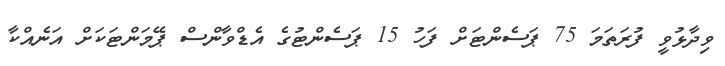
ވިދާޅުވީ ފުރަތަމަ 75 ޕަސެންޓަށް ފަހު 15 ޕަސެންޓުގެ އެޑްވާންސް ޕޭމަންޓަކަށް އަނެއްކާ